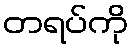
တရပ်ကို